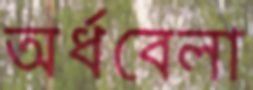
অর্ধবেলা